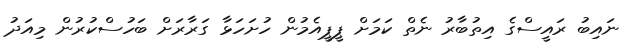
ނައިބު ރައީސްގެ އިތުބާރު ނެތް ކަމަށް ޕީޕީއެމުން ހުށަހަޅާ ގަރާރަށް ބަހުސްކުރުން މިއަދު